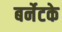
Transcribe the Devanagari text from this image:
बर्नेटके